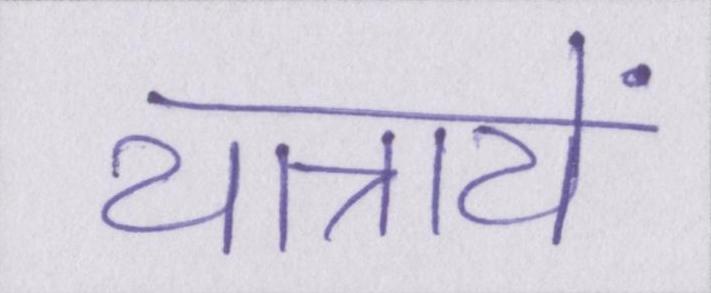
यात्रायें